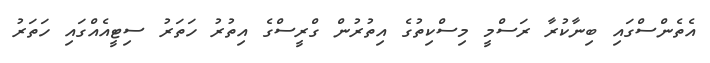
އެތެންސްގައި ބިނާކުރާ ރަސްމީ މިސްކިތުގެ އިތުރުން ގްރީސްގެ އިތުރު ހަތަރު ސިޓީއެއްގައި ހަތަރު